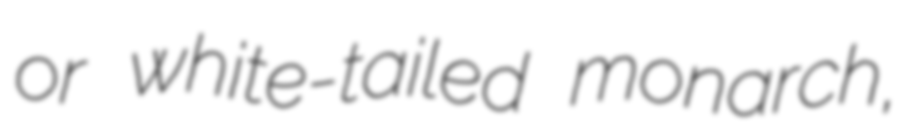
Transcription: or white-tailed monarch,